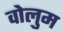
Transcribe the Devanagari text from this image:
वोलुम